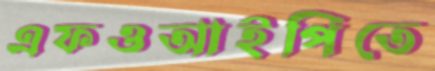
এফওআইপিতে